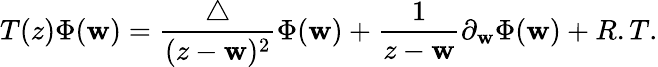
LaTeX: T(z)\Phi(\mathbf{w})=\frac{{\bigtriangleup}}{{(z-\mathbf{w})^{2}}}\Phi(\mathbf{w})+\frac{{1}}{{z-\mathbf{w}}}\partial_{\mathbf{w}}{\Phi(\mathbf{w})}+R.T.